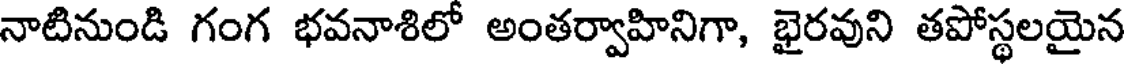
నాటినుండి గంగ భవనాశిలో అంతర్వాహినిగా, భైరవుని తపోస్థలయైన